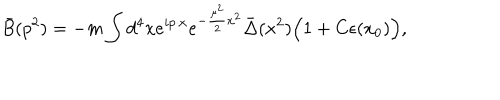
\bar { B } ( p ^ { 2 } ) = - m \int d ^ { 4 } x e ^ { i p \cdot x } e ^ { - { \frac { \mu ^ { 2 } } { 2 } } x ^ { 2 } } \bar { \Delta } ( x ^ { 2 } ) \Big ( 1 + C \epsilon ( x _ { 0 } ) \Big ) ,